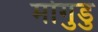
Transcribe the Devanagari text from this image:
मोगुडु